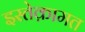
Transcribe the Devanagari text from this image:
इस्तेक़ामत